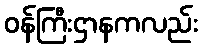
ဝန်ကြီးဌာနကလည်း